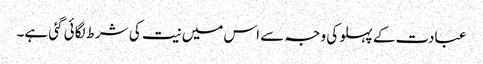
عبادت کے پہلو کی وجہ سے اس میں نیت کی شرط لگائی گئی ہے۔